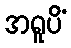
အရူပိံ